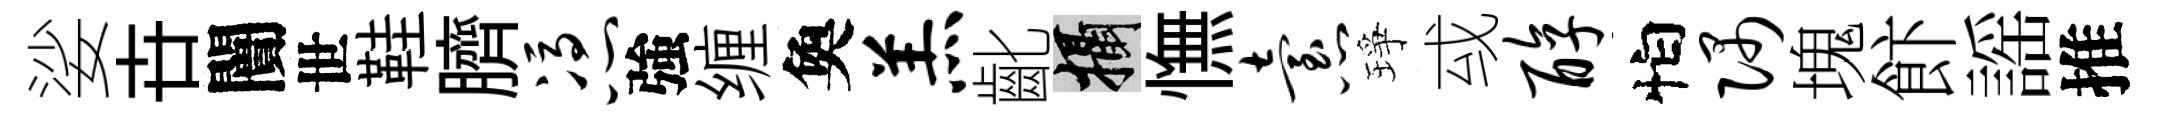
娑卋闠世鞋臍凭強缠奐羔齔攝憮怠琤㦯醇怕隅塊飰謡推